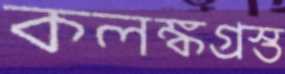
কলঙ্কগ্রস্ত